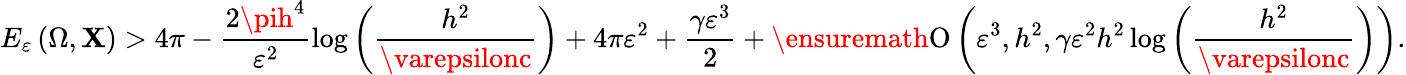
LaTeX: E_{\varepsilon}\left(\Omega,\mathbf{X}\right)>4\pi-\frac{{2\pih^{4}}}{{\varepsilon^{2}}}\log{\left(\frac{{h^{2}}}{{\varepsilonc}}\right)}+4\pi\varepsilon^{2}+\frac{{\gamma\varepsilon^{3}}}{{2}}+\ensuremath{{\operatorname{O}\left(\varepsilon^{3},h^{2},\gamma\varepsilon^{2}h^{2}\log{\left(\frac{{h^{2}}}{{\varepsilonc}}\right)}\right)}}.